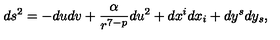
d s ^ { 2 } = - d u d v + \frac { \alpha } { r ^ { 7 - p } } d u ^ { 2 } + d x ^ { i } d x _ { i } + d y ^ { s } d y _ { s } ,